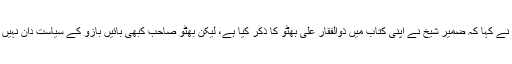
انہوں نے کہا کہ ضمیر شیخ نے اپنی کتاب میں ذوالفقار علی بھٹو کا ذکر کیا ہے، لیکن بھٹو صاحب کبھی بائیں بازو کے سیاست دان نہیں تھے۔